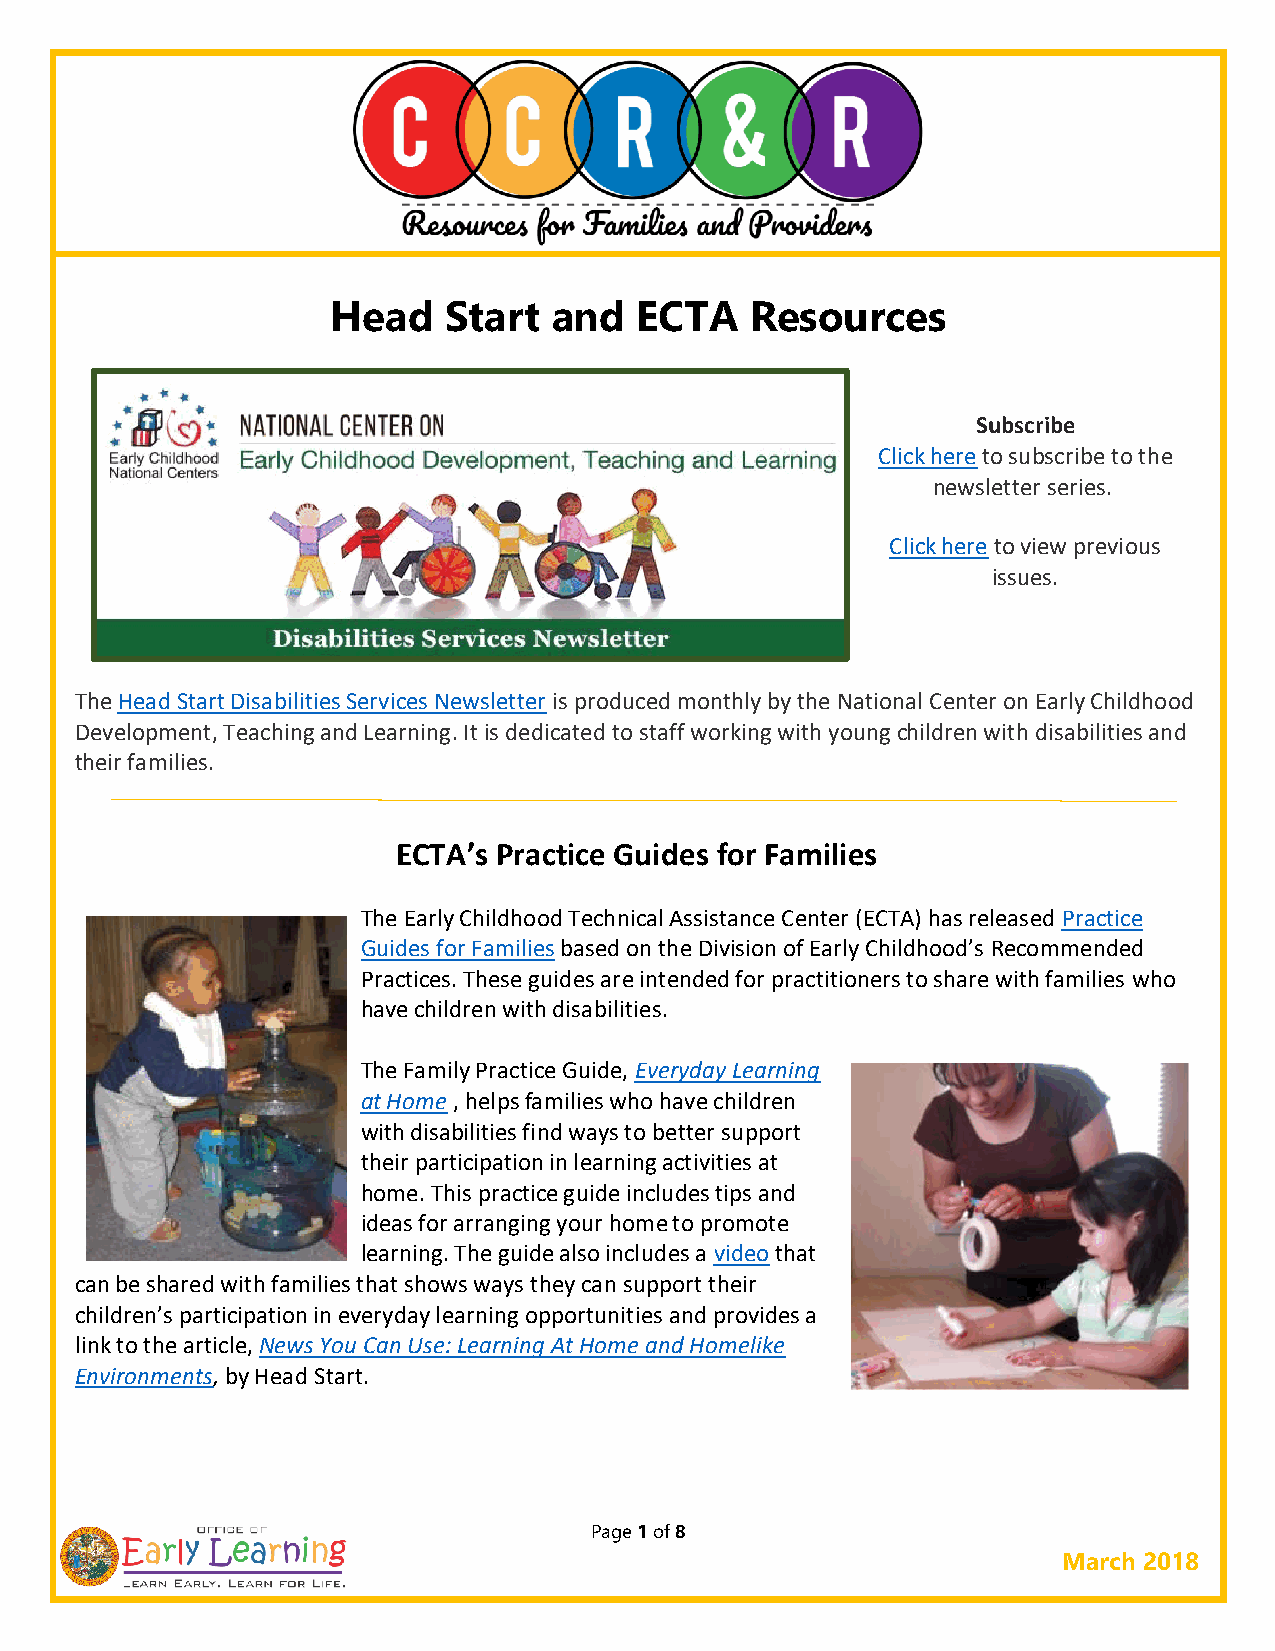
Head   Start   and  ECTA    Resources
 Subscribe
 Click here to subscribe to the
 newsletter series.
 Click here to view previous
 issues.
 The Head Start Disabilities Services Newsletter is produced monthly by the National Center on Early Childhood
 Development, Teaching and Learning. It is dedicated to staff working with young children with disabilities and
 their families.
 ECTA’s Practice Guides for Families
 The Early Childhood Technical Assistance Center (ECTA) has released Practice
 Guides for Families based on the Division of Early Childhood’s Recommended
 Practices. These guides are intended for practitioners to share with families who
 have children with disabilities.
 The Family Practice Guide, Everyday Learning
 at Home , helps families who have children
 with disabilities find ways to better support
 their participation in learning activities at
 home. This practice guide includes tips and
 ideas for arranging your home to promote
 learning. The guide also includes a video that
 can be shared with families that shows ways they can support their
 children’s participation in everyday learning opportunities and provides a
 link to the article, News You Can Use: Learning At Home and Homelike
 Environments, by Head Start.
 Page 1 of 8
 March 2018